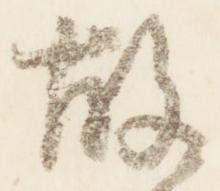
故